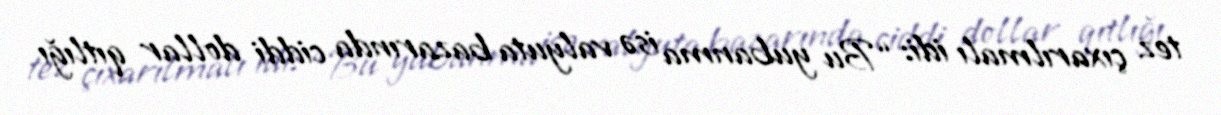
tez çıxarılmalı idi: “Bu yubanma isə valyuta bazarında ciddi dollar qıtlığı